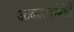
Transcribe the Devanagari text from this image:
आकाशसंबंधी